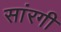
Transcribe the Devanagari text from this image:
सांरगी